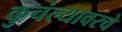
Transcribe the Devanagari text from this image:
कुचंल्यावरचे